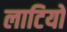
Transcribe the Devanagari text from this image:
लाटियो